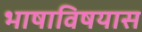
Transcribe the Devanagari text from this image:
भाषाविषयास